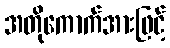
အတိုကောက်အားဖြင့်